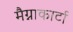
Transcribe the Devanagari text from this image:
मैग्नाकार्टा